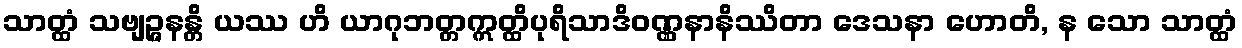
သာတ္ထံ သဗျဉ္ဇနန္တိ ယဿ ဟိ ယာဂုဘတ္တဣတ္ထိပုရိသာဒိဝဏ္ဏနာနိဿိတာ ဒေသနာ ဟောတိ, န သော သာတ္ထံ